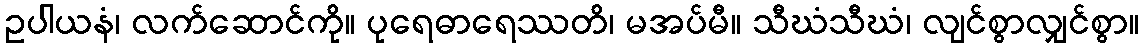
ဥပါယနံ၊ လက်ဆောင်ကို။ ပုရေဓာရေဿတိ၊ မအပ်မီ။ သီဃံသီဃံ၊ လျင်စွာလျှင်စွာ။